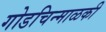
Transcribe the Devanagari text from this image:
गोडचिन्माळकी